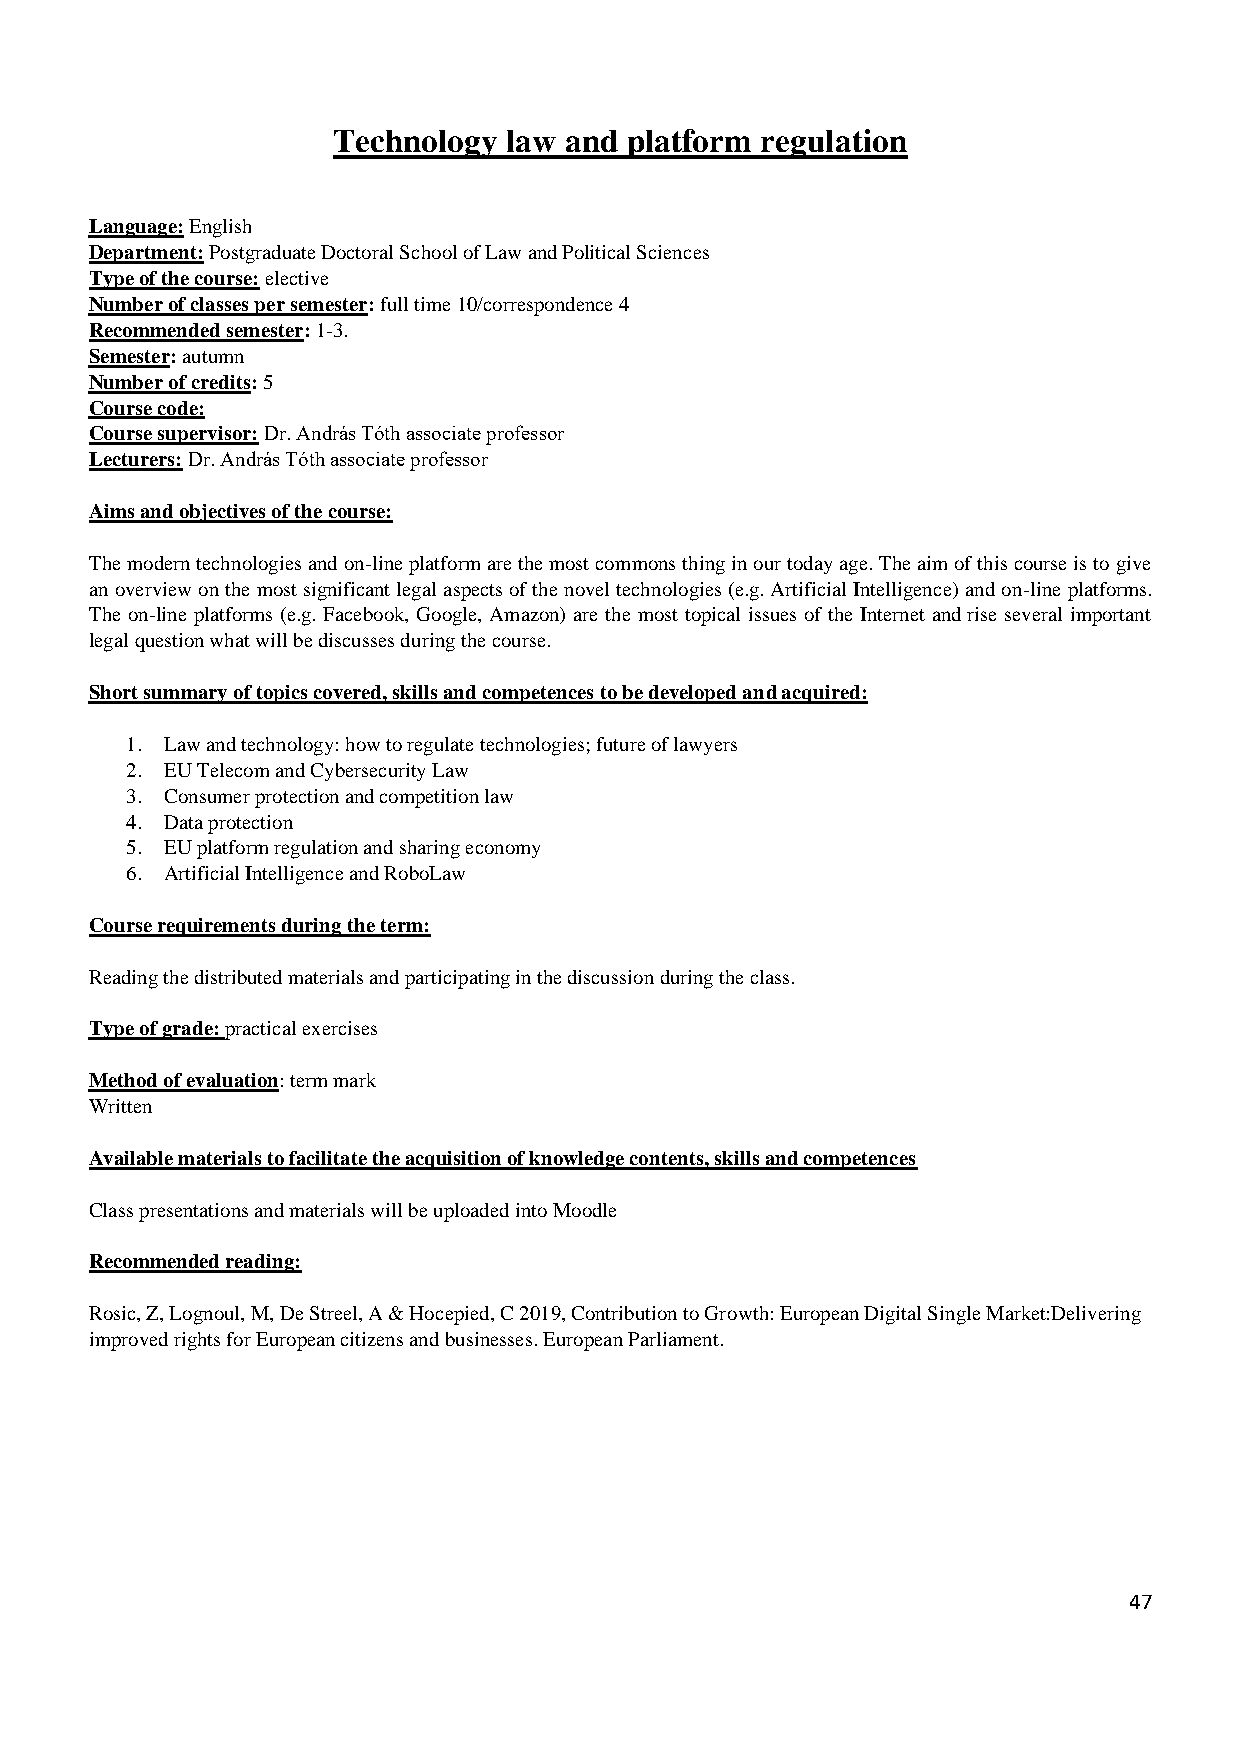
Technology  law and platform regulation
 Language: English
 Department: Postgraduate Doctoral School of Law and Political Sciences
 Type of the course: elective
 Number of classes per semester: full time 10/correspondence 4
 Recommended semester: 1-3.
 Semester: autumn
 Number of credits: 5
 Course code:
 Course supervisor: Dr. András Tóth associate professor
 Lecturers: Dr. András Tóth associate professor
 Aims and objectives of the course:
 The modern technologies and on-line platform are the most commons thing in our today age. The aim of this course is to give
 an overview on the most significant legal aspects of the novel technologies (e.g. Artificial Intelligence) and on-line platforms.
 The on-line platforms (e.g. Facebook, Google, Amazon) are the most topical issues of the Internet and rise several important
 legal question what will be discusses during the course.
 Short summary of topics covered, skills and competences to be developed and acquired:
 1. Law and technology: how to regulate technologies; future of lawyers
 2. EU Telecom and Cybersecurity Law
 3. Consumer protection and competition law
 4. Data protection
 5. EU platform regulation and sharing economy
 6. Artificial Intelligence and RoboLaw
 Course requirements during the term:
 Reading the distributed materials and participating in the discussion during the class.
 Type of grade: practical exercises
 Method of evaluation: term mark
 Written
 Available materials to facilitate the acquisition of knowledge contents, skills and competences
 Class presentations and materials will be uploaded into Moodle
 Recommended reading:
 Rosic, Z, Lognoul, M, De Streel, A & Hocepied, C 2019, Contribution to Growth: European Digital Single Market:Delivering
 improved rights for European citizens and businesses. European Parliament.
 47